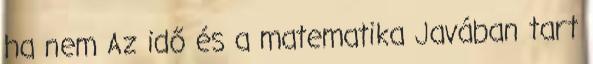
ha nem Az idő és a matematika Javában tart